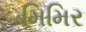
મિમિર